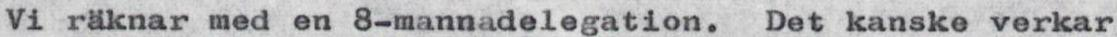
Vi räknar med en 8-mannadelegation.  Det kanske verkar